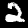
Label: 2